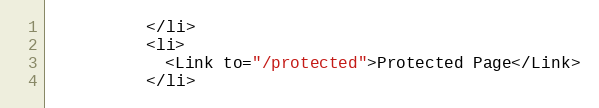
Language: JavaScript
          </li>
          <li>
            <Link to="/protected">Protected Page</Link>
          </li>